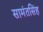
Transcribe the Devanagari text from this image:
सामंतसिंह